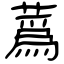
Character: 蔿